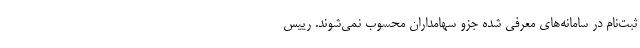
ثبت‌نام در سامانه‌های معرفی شده جزو سهامداران محسوب نمی‌شوند. رییس